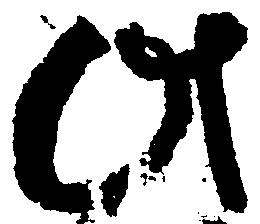
此